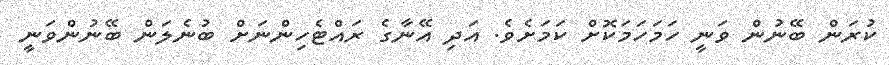
ކުރަން ބޭނުން ވަނީ ހަމަހަމަކޮށް ކަމަށެވެ. އަދި އޭނާގެ ރައްޓެހިންނަށް ބުނެލަން ބޭނުންވަނީ